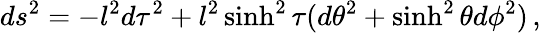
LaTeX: ds^{2}=-l^{2}d\tau^{2}+l^{2}\sinh^{2}\tau(d\theta^{2}+\sinh^{2}\theta d\phi^{2})\, ,